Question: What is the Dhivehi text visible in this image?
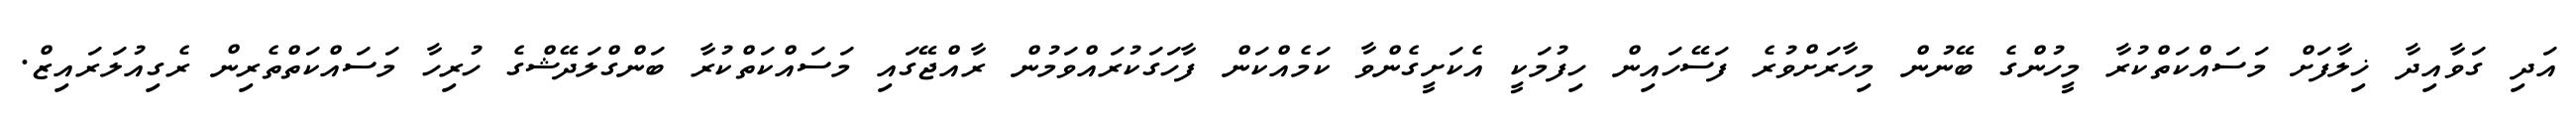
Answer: އަދި ގަވާއިދާ ޚިލާފަށް މަސައްކަތްކުރާ މީހުންގެ ބޭނުން މިހާރަށްވުރެ ފަސޭހައިން ހިފުމަކީ އެކަށީގެންވާ ކަމެއްކަން ފާހަގަކުރައްވަމުން ރާއްޖޭގައި މަސައްކަތްކުރާ ބަންގްލަދޭޝްގެ ހުރިހާ މަސައްކަތްތެރިން ރެގިއުލަރައިޒް.